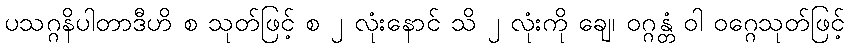
ပသဂ္ဂနိပါတာဒီဟိ စ သုတ်ဖြင့် စ ၂ လုံးနောင် သိ ၂ လုံးကို ချေ၊ ဝဂ္ဂန္တံ ဝါ ဝဂ္ဂေသုတ်ဖြင့်